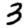
Digit: 3